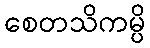
စေတသိကမ္ပိ